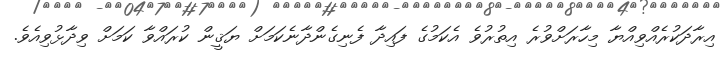
އިރާދަކުރެއްވިއްޔާ މިހާރަށްވުރެ އިތުރުވެ އެކަމުގެ ފައިދާ ފެނިގެންދާނެކަމަށް ޔަޤީން ކުރައްވާ ކަމަށް ވިދާޅުވިއެވެ.